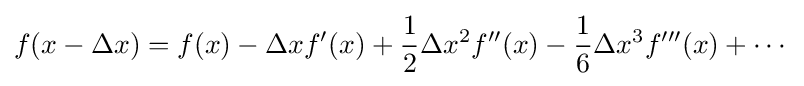
f(x-\Delta x)=f(x)-\Delta xf'(x)+{\frac {1}{2}}\Delta x^{2}f''(x)-{\frac {1}{6}}\Delta x^{3}f'''(x)+\cdots